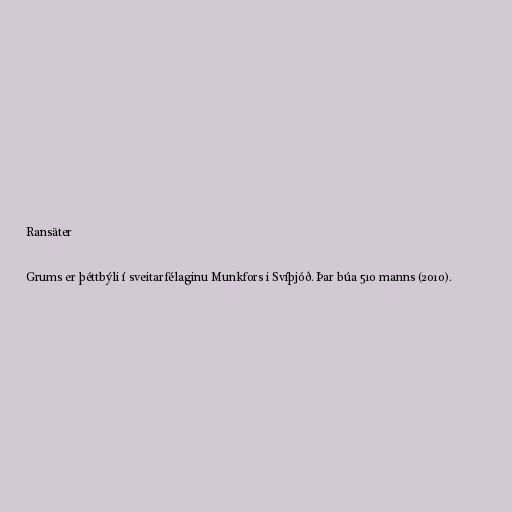
Ransäter

Grums er þéttbýli í sveitarfélaginu Munkfors i Svíþjóð. Þar búa 510 manns (2010).